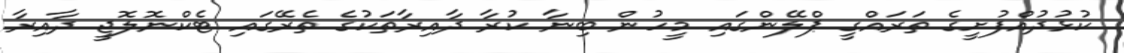
ކުޅުދުއްފުށީގެ ތަރައްގީ ޕްލޭންގައި މީހުން ބިނާ ކުރާ ދާއިރާތަކުގެ ތެރޭގައި ޓެކްނޮލޮޖީ ދާއިރާ